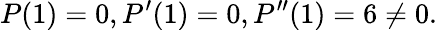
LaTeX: P(1)=0,P^{\prime}(1)=0,P^{\prime\prime}(1)=6\neq 0.